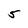
Character: 5